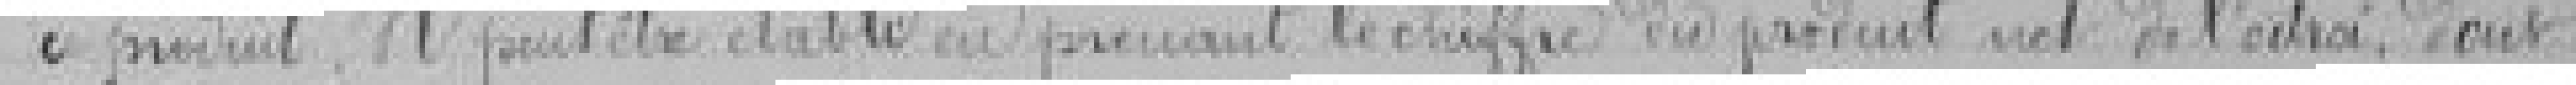
ce produit. Il peut être établi en prenant le chiffre du produit net de l'Octroi, dont